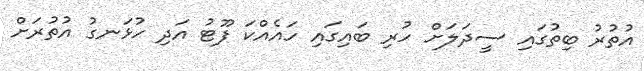
އުތުރު ބިތުގައި ސީދަލަށް ހުރި ބައިގައި ހައެއްކަ ފޫޓު އަދި ހުޅަނގު އުތުރަށް